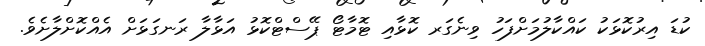
ކުޑަ އިރުކޮޅަކު ކައްކާލުމަށްފަހު ވިނެގަރ ކޮޅާއި ޓޮމާޓޯ ޕޭސްޓްކޮޅު އަޅާލާ ރަނގަޅަށް އެއްކޮށްލާށެވެ.